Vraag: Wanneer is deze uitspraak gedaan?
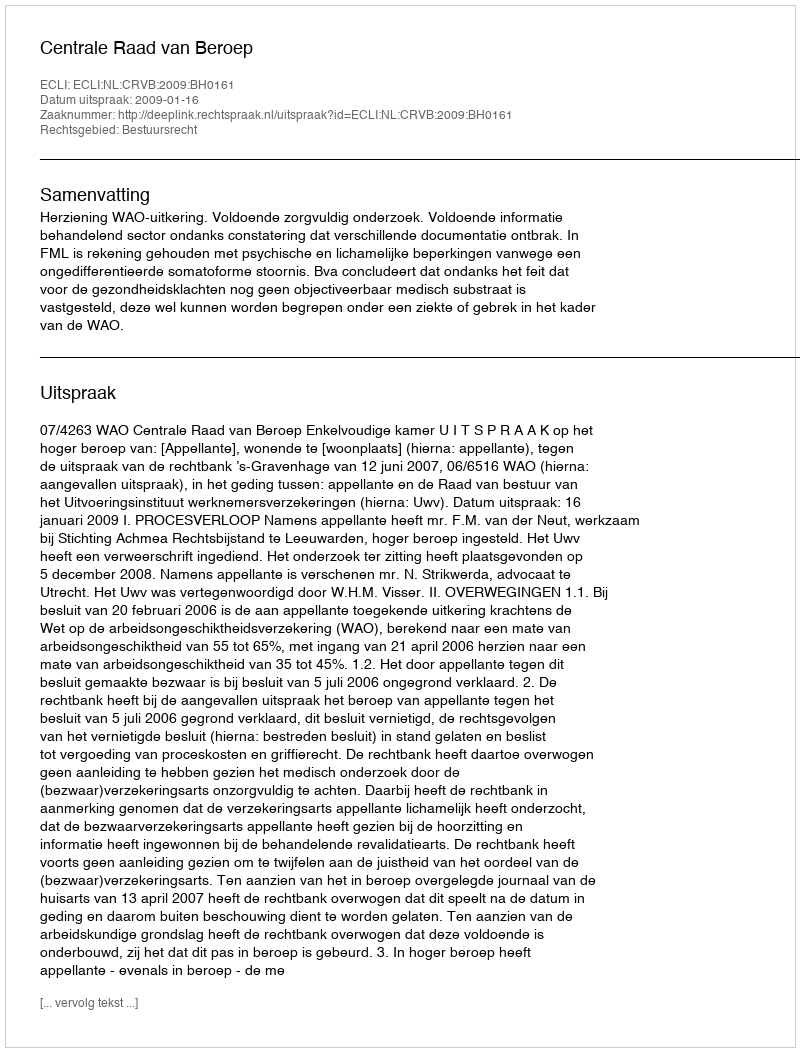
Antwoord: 2009-01-16